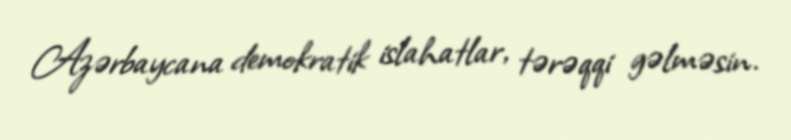
Azərbaycana demokratik islahatlar, tərəqqi gəlməsin.